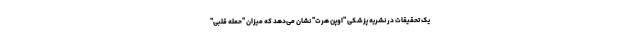
یک تحقیقات در نشریه پزشکی "اوپن هرت" نشان می‌دهد که میزان "حمله قلبی"